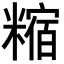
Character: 𥼍